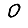
Digit: 0